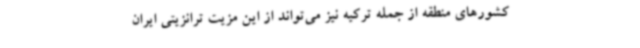
کشورهای منطقه از جمله ترکیه نیز می‌تواند از این مزیت ترانزیتی ایران